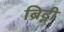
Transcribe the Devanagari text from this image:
ब्रिट्नी